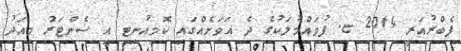
ފެބްރުއަރީ 2014 ޏ. ފުވައްމުލަކުގެ ދެ އަވަށެއްގައި ކޮމިއުނިޓީ އީ ސެންޓަރު މިއަދު